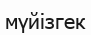
мүйізгек